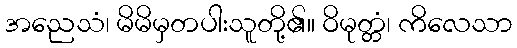
အညေသံ၊ မိမိမှတပါးသူတို့၏။ ဝိမုတ္တံ၊ ကိလေသာ